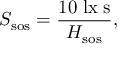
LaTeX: S _ { \mathrm { s o s } } = { \frac { 1 0 \; { \mathrm { l x � s } } } { H _ { \mathrm { s o s } } } } ,